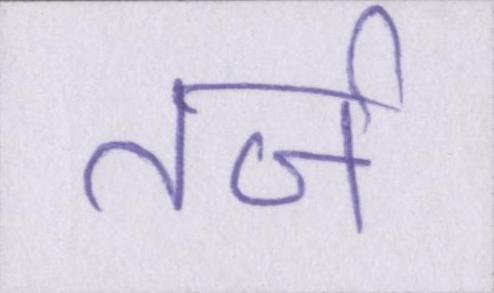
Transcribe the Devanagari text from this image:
तर्ज